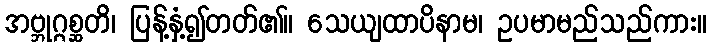
အဗ္ဘုဂ္ဂစ္ဆတိ၊ ပြန့်နှံ့၍တတ်၏။ သေယျထာပိနာမ၊ ဥပမာမည်သည်ကား။